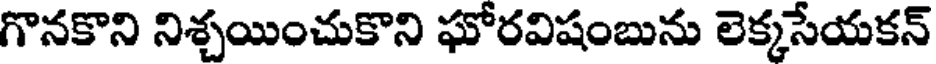
గొనకొని నిశ్చయించుకొని ఘోరవిషంబును లెక్కసేయకన్